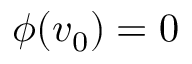
\phi ( v _ { 0 } ) = 0